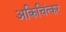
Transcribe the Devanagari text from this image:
अकिचिंत्कर